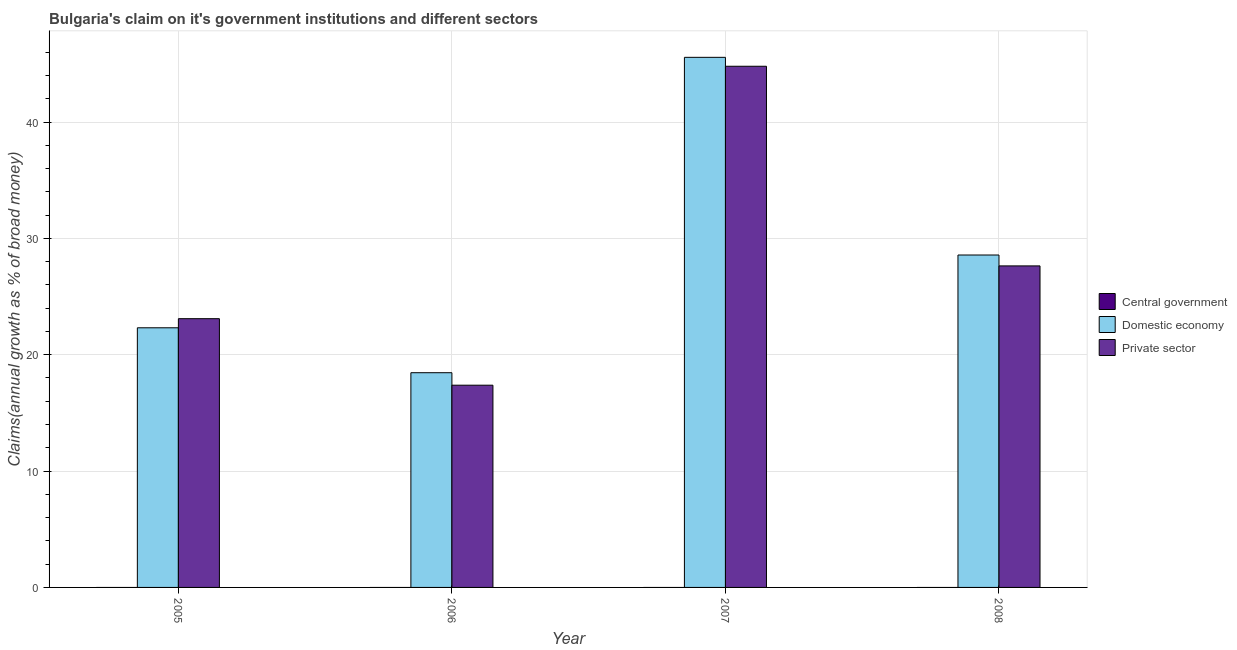
| Year | Central government | Domestic economy | Private sector |
 | --- | --- | --- | --- |
 | 2005 | -0.188 | 22.3 | 23.1 |
 | 2006 | -7.35 | 18.5 | 17.4 |
 | 2007 | -6.91 | 45.6 | 44.8 |
 | 2008 | -2.14 | 28.6 | 27.6 |